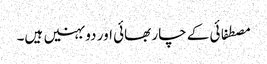
مصطفائی کے چار بھائی اور دو بہنیں ہیں۔